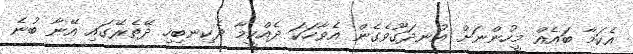
އެކަމާ ބައެއް މީހުންނަށް އުނދަގޫވެގެން އެވާހަކަ ދެއްކީމާ ދެކިނބިހި ދޭތެރޭގައި އޭނާ ބުނެ